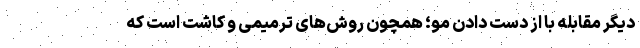
دیگر مقابله با از دست دادن مو؛ همچون روش‌های ترمیمی و کاشت است که